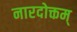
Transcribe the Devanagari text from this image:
नारदोक्तम्